Annual administration report of the Civil Veterinary Department of India - 1893-1894
Year: 1893
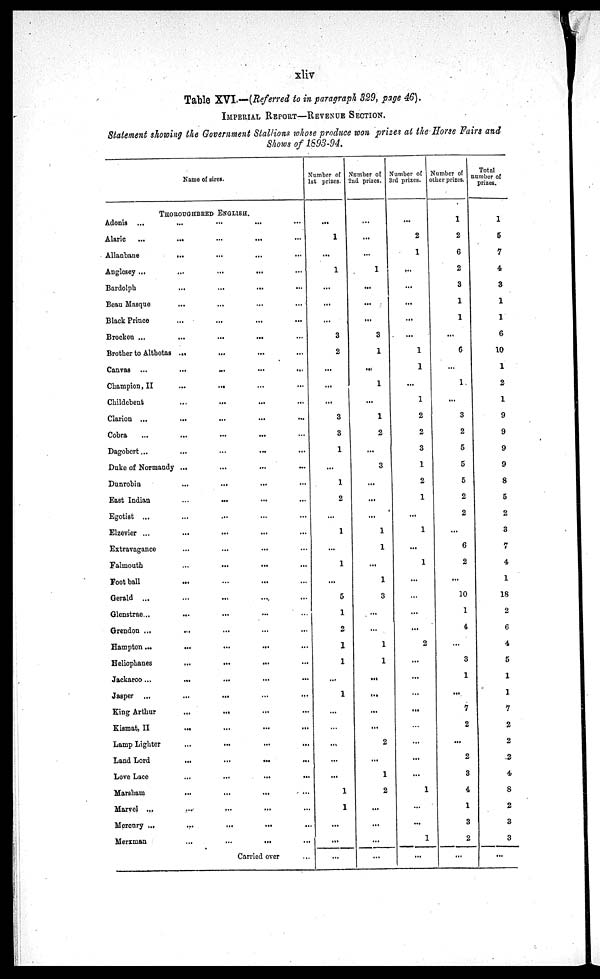
xliv
Table XVI.—(Referred to in paragraph 329, page 46).
IMPERIAL REPORT––REVENUE SECTION.
Statement showing the Government Stallions whose produce won prizes at the Horse Fairs and
Shows of 1893-94.
Name of sires.
THOROUGHBRED ENGLISH..
Adonis ... ... ... ... ...
Alaric
...
...
...
... ...
Allanbane
...
Anglesey ...
...
...
...
Bardolph ... ... ...
Beau Masque ... ... ...
Black Prince
...
...
...
...
Brocken ...
...
...
...
Brother to Althotas ...
...
Canvas ...
...
...
...
...
Champion, II
...
...
Childebent ... ... ... ...
Clarion ...
...
...
...
Cobra
...
...
...
...
Dagobert...
Duke of Normandy ...
Dunrobin ... ...
East Indian ... ...
Egotist ...
Elzevier ...
...
...
Extravagance ... ...
Falmouth
Foot ball ... ...
Gerald ...
Glenstrae...
...
Grendon ... ... ...
Hampton...
...
...
...
Heliophanes
...
...
...
Jackaroo...
... ...
Jasper ...
...
... ...
King Arthur
...
...
Kismat, II
...
Lamp Lighter
...
...
...
...
Land Lord ... ... ... ...
Love Lace
...
...
...
...
Marsham ... ... ... ...
Marvel ... ... ...
Mercury ...
...
...
Merxman
...
...
...
Carried over ...
Number of
1st prizes.
...
1
...
1
...
...
...
3
2
...
...
...
3
3
1
...
1
2
...
1
...
1
...
5
1
2
1
1
...
1
...
...
...
...
...
1
1
...
...
...
Number of
2nd prizes.
...
...
...
1
...
...
...
3
1
...
1
...
1
2
...
3
...
...
...
1
1
...
1
3
...
...
1
1
...
...
...
...
2
...
1
2
...
...
...
...
Number of
3rd prizes.
...
2
1
...
...
...
...
...
1
1
...
1
2
2
3
1
2
1
...
1
...
1
...
...
...
...
2
...
...
...
...
...
...
...
...
1
...
...
1
...
Number of
other prizes.
1
2
6
2
3
1
1
...
6
...
1
...
3
2
5
5
5
2
2
...
6
2
...
10
1
4
...
3
1
...
7
2
...
2
3
4
1
3
2
...
Total
number of
prizes.
1
5
7
4
3
1
1
6
10
1
2
1
9
9
9
9
8
5
2
3
7
4
1
18
2
6
4
5
1
1
7
2
2
2
4
8
2
3
3
...